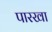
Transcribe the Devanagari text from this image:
पारखा